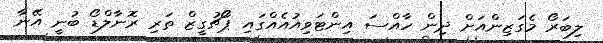
ލިބަރޯ މެގަޒިންއަށް ދިން ހާއްސަ އިންޓަވިއުއެއްގައި ޕޯޗުގީޒް ތަރި ރޮނާލްޑޯ ބުނީ އޭނާ